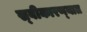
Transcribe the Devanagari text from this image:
स्‍वीकारण्‍यात